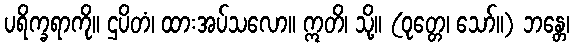
ပရိက္ခရာကို။ ဌပိတံ၊ ထားအပ်သလော။ ဣတိ၊ သို့။ (ဝုတ္တေ၊ သော်။) ဘန္တေ၊